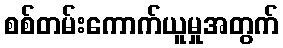
စစ်တမ်းကောက်ယူမှုအတွက်